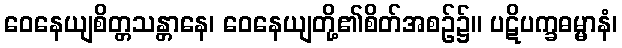
ဝေနေယျစိတ္တသန္တာနေ၊ ဝေနေယျတို့၏စိတ်အစဉ်၌။ ပဋိပက္ခဓမ္မာနံ၊